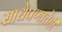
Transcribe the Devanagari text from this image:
साधेपणाचेही